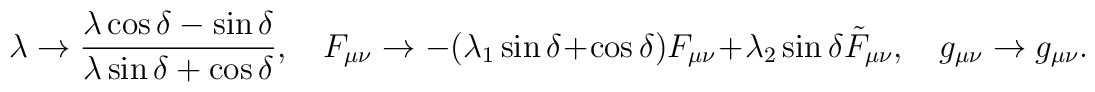
\lambda\to {{\lambda\cos\delta-\sin\delta}\over{\lambda\sin\delta+\cos\delta}},\ \ \ \ F_{\mu\nu}\to -(\lambda_1\sin\delta+\cos\delta)F_{\mu\nu}+\lambda_2\sin\delta\tilde{F}_{\mu\nu},\ \ \ \ g_{\mu\nu}\to g_{\mu\nu}.